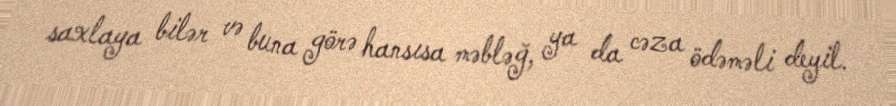
saxlaya bilər və buna görə hansısa məbləğ, ya da cəza ödəməli deyil.